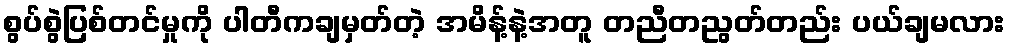
စွပ်စွဲပြစ်တင်မှုကို ပါတီကချမှတ်တဲ့ အမိန့်နဲ့အတူ တညီတညွတ်တည်း ပယ်ချမလား